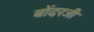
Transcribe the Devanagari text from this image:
बोंदरजी